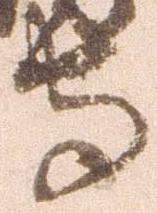
守